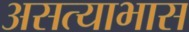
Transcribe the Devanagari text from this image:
असत्याभास